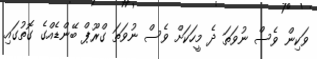
ވަކިން ވެސް ނުވަތަ ދެ މީހަކަށް ވެސް ނުވަތަ ގްރޫޕް ބޭންޑެއްގެ ގޮތުގައި